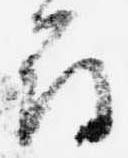
尋